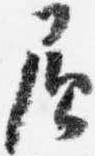
負